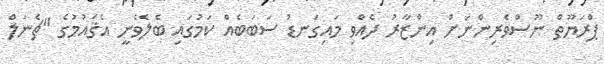
ޕްރަޔޫތް ނޫސްވެރިންނަށް އިންޒާރު ދެއްވި މައިގަނޑު ސަބަބެއް ކަމުގައި ބެލެވެނީ އެޤައުމުގެ "ޗެނަލް